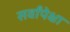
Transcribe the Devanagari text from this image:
सर्वांपेक्षा